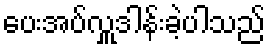
ပေးအပ်လှူဒါန်းခဲ့ပါသည်